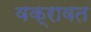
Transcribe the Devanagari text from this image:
वक्रावत